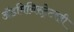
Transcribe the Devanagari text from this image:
अॅडमिनिस्ट्रेटरही